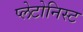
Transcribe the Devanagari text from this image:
प्लेटोनिस्ट